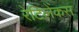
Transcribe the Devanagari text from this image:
रेटिलेंकस